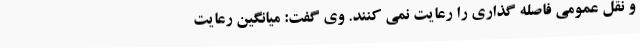
و نقل عمومی فاصله گذاری را رعایت نمی کنند. وی گفت: میانگین رعایت